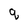
Character: q